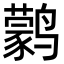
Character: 鹲